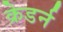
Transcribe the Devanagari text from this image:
क्रेडर्न